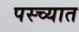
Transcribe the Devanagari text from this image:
पस्च्यात